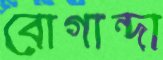
বোগান্দা